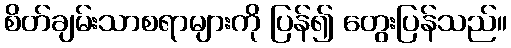
စိတ်ချမ်းသာစရာများကို ပြန်၍ တွေးပြန်သည်။